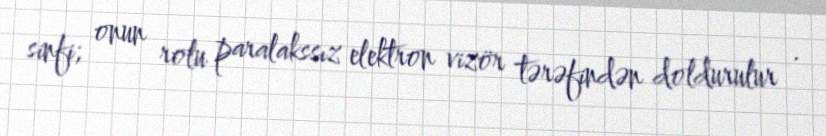
sinfi; onun rolu paralakssız elektron vizör tərəfindən doldurulur .